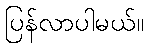
ပြန်လာပါမယ်။